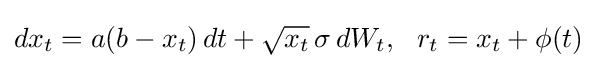
dx_{t}=a(b-x_{t})\,dt+{\sqrt {x_{t}}}\,\sigma \,dW_{t},\ \ r_{t}=x_{t}+\phi (t)